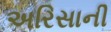
અરિસાની